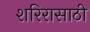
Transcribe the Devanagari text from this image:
शरिरासाठी